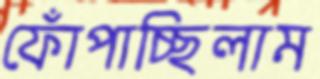
ফোঁপাচ্ছিলাম